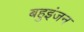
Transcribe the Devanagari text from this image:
बहुइंजन